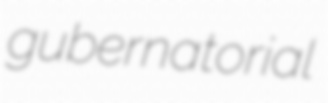
gubernatorial